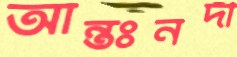
আন্তঃনদী